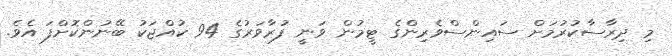
މި ދިރާސާކުރުމަށް ސައިންސްވެރިންގެ ޓީމުން ވަނީ ފުރާވަރުގެ 94 ކުއްޖަކު ބޭނުންކޮށްފަ އެވެ.